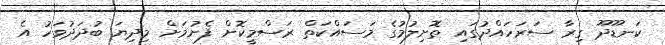
ކަނޑޫދޫ ގިރާ ސަރަހައްދުގައި ތޮށިލުމުގެ މަސައްކަތް ރަސްމީކޮށް ފެށުމަށް މިދިޔަ ބުދަދުވަހު އެ